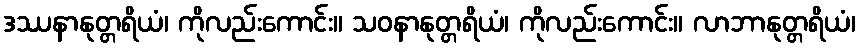
ဒဿနာနုတ္တရိယံ၊ ကိုလည်းကောင်း။ သဝနာနုတ္တရိယံ၊ ကိုလည်းကောင်း။ လာဘာနုတ္တရိယံ၊